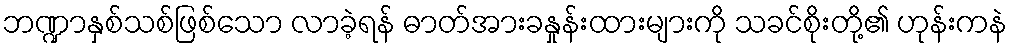
ဘဏ္ဍာနှစ်သစ်ဖြစ်သော လာခဲ့ရန် ဓာတ်အားခနှုန်းထားများကို သခင်စိုးတို့၏ ဟုန်းကနဲ